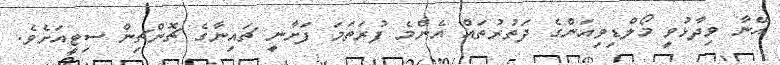
އޭނާ ވިދާޅުވީ މޯލްޑިވިއަންގެ ދަތުރުތައް އެންމެ ފުރަތަމަ ފަށާނީ ޗައިނާގެ ޗޮންޗިން ސިޓީއަށެވެ.